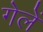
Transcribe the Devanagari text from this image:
गेलें